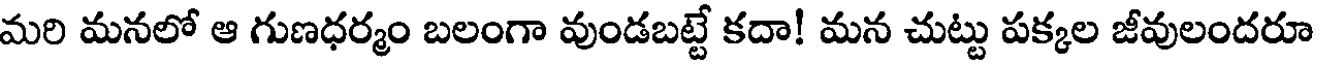
మరి మనలో ఆ గుణధర్మం బలంగా వుండబట్టే కదా! మన చుట్టు పక్కల జీవులందరూ